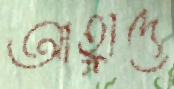
আহ্লাদে